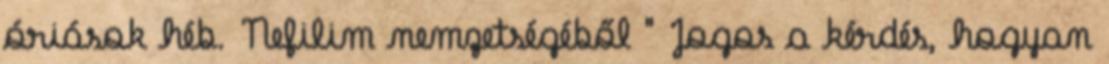
óriások héb. Nefilim nemzetségéből " Jogos a kérdés, hogyan